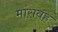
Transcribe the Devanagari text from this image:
मांसवह